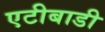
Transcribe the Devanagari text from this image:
एटीबाडी